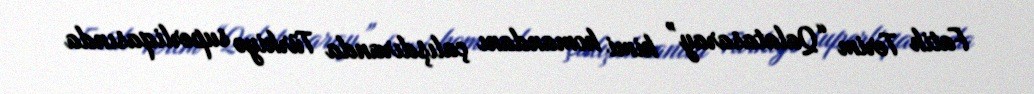
Fatih Terim “Qalatasaray” kimi komandanı çalışdıranda Türkiyə superliqasında